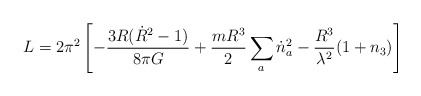
\begin{align*}L=2\pi^{2}\left [ -\frac{3R(\dot{R}^{2}-1)}{8\pi G}+\frac{mR^{3}}{2}\sum_{a}\dot{n}^{2}_{a}-\frac{R^{3}}{\lambda^{2}}(1+n_{3})\right ]\end{align*}